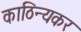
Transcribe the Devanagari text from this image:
काठिन्यकर